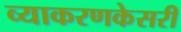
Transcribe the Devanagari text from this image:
व्याकरणकेसरी